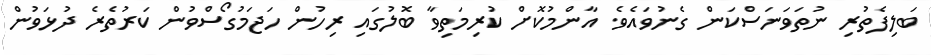
ބަލިފެތުރި ނުތަވަނަސްކަން ގެނުވައެވެ. އާންމުކޮށް ކުރިމަތިވާ ބޮލުގައި ރިހުން ހަޖަމުގޯސްވުން ކަރުތެރެ ދުޅަވުން